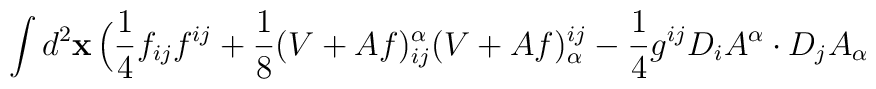
\int d^2 \mbox{\bf x}\,\Big(\frac{1}{4}f_{ij}f^{ij}+\frac{1}{8}(V+Af)_{ij}^\alpha (V+Af)^{ij}_\alpha-\frac{1}{4}g^{ij}D_i A^\alpha \cdot D_j A_\alpha